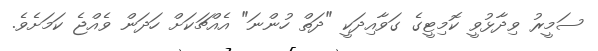
ސަމީރު ވިދާޅުވީ ކޮމިޓީގެ ގަވާއިދަކީ "ދަތް ހުންނަ" އެއްޗަކަށް ހަދަން ވެއްޖެ ކަމަށެވެ.